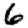
Digit: 6